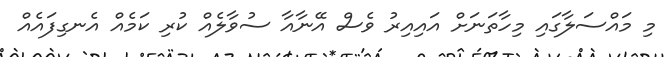
މި މައްސަލާގައި މިހާތަނަށް އައިއިރު ވެސް އޭނާއާ ސުވާލެއް ކުރި ކަމެއް އެނގިފައެއް